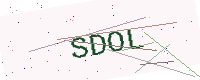
Text: SDOL